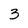
Character: 3